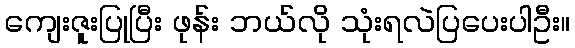
ကျေးဇူးပြုပြီး ဖုန်း ဘယ်လို သုံးရလဲပြပေးပါဦး။